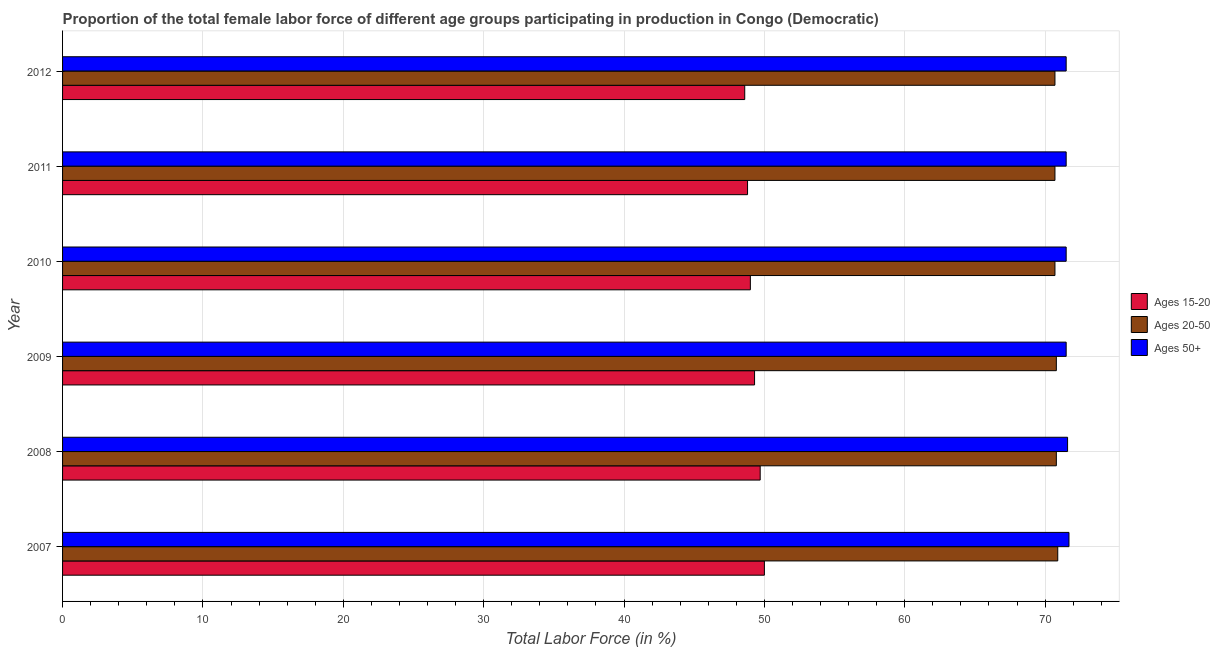
| Year | Ages 15-20 | Ages 20-50 | Ages 50+ |
 | --- | --- | --- | --- |
 | 2007 | 50 | 70.9 | 71.7 |
 | 2008 | 49.7 | 70.8 | 71.6 |
 | 2009 | 49.3 | 70.8 | 71.5 |
 | 2010 | 49 | 70.7 | 71.5 |
 | 2011 | 48.8 | 70.7 | 71.5 |
 | 2012 | 48.6 | 70.7 | 71.5 |